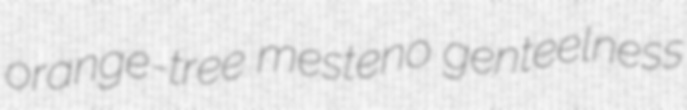
orange-tree mesteno genteelness